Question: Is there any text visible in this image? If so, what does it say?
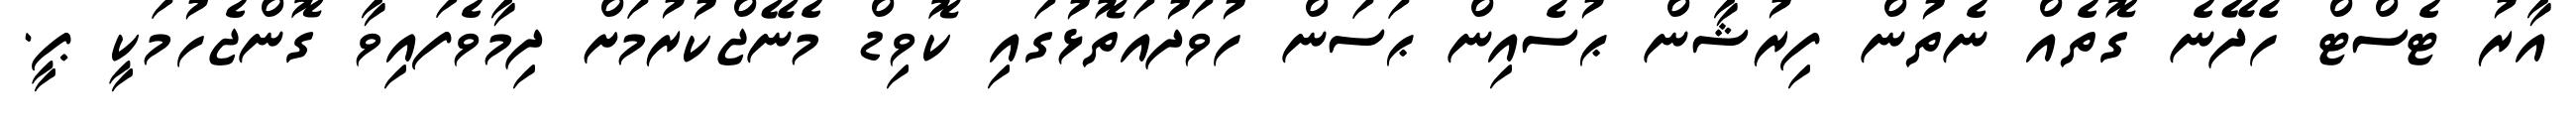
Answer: އާރު ޓެސްޓް ހެދޭނެ ގޮތެއް ނެތުން ފިރުޝާން ޙުސެއިން ޙަސަން ހުވަދުއަތޮޅުގައި ކޮވިޑް މެނޭޖްކުރުމަށް ދިމާވެފައިވާ ގޮންޖެހުމަކީ ޕީ.